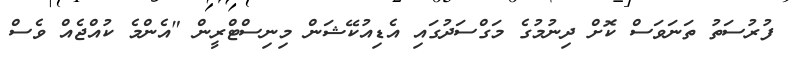
ފުރުސަތު ތަނަވަސް ކޮށް ދިނުމުގެ މަގްސަދުގައި އެޑިއުކޭޝަން މިނިސްޓްރީން "އެންމެ ކުއްޖެއް ވެސް